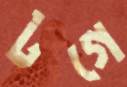
টগে